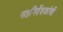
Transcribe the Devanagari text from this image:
सहनिर्देशकांची